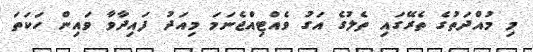
މި މުއްދަތުގެ ތެރޭގައި ތެލުގެ އަގު ވެއްޓިއްޖެނަމަ މިއަދު ފައިދާވާ ވައިން ހަކަތަ